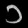
Digit: ၁